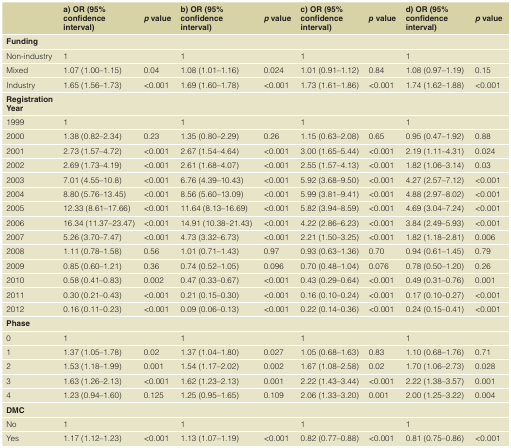
<table><thead><tr><td></td><td><b>a) OR (95%confidenceinterval)</b></td><td><b><i>p</i> value</b></td><td><b>b) OR (95%confidenceinterval)</b></td><td><b><i>p</i> value</b></td><td><b>c) OR (95%confidenceinterval)</b></td><td><b><i>p</i> value</b></td><td><b>d) OR (95%confidenceinterval)</b></td><td><b><i>p</i> value</b></td></tr></thead><tbody><tr><td><b>Funding</b></td><td></td><td></td><td></td><td></td><td></td><td></td><td></td><td></td></tr><tr><td>Non-industry</td><td>1</td><td></td><td>1</td><td></td><td>1</td><td></td><td>1</td><td></td></tr><tr><td>Mixed</td><td>1.07 (1.00–1.15)</td><td>0.04</td><td>1.08 (1.01–1.16)</td><td>0.024</td><td>1.01 (0.91–1.12)</td><td>0.84</td><td>1.08 (0.97–1.19)</td><td>0.15</td></tr><tr><td>Industry</td><td>1.65 (1.56–1.73)</td><td>&lt;0.001</td><td>1.69 (1.60–1.78)</td><td>&lt;0.001</td><td>1.73 (1.61–1.86)</td><td>&lt;0.001</td><td>1.74 (1.62–1.88)</td><td>&lt;0.001</td></tr><tr><td><b>Registration</b><b>Year</b></td><td></td><td></td><td></td><td></td><td></td><td></td><td></td><td></td></tr><tr><td>1999</td><td>1</td><td></td><td>1</td><td></td><td>1</td><td></td><td>1</td><td></td></tr><tr><td>2000</td><td>1.38 (0.82–2.34)</td><td>0.23</td><td>1.35 (0.80–2.29)</td><td>0.26</td><td>1.15 (0.63–2.08)</td><td>0.65</td><td>0.95 (0.47–1.92)</td><td>0.88</td></tr><tr><td>2001</td><td>2.73 (1.57–4.72)</td><td>&lt;0.001</td><td>2.67 (1.54–4.64)</td><td>&lt;0.001</td><td>3.00 (1.65–5.44)</td><td>&lt;0.001</td><td>2.19 (1.11–4.31)</td><td>0.024</td></tr><tr><td>2002</td><td>2.69 (1.73–4.19)</td><td>&lt;0.001</td><td>2.61 (1.68–4.07)</td><td>&lt;0.001</td><td>2.55 (1.57–4.13)</td><td>&lt;0.001</td><td>1.82 (1.06–3.14)</td><td>0.03</td></tr><tr><td>2003</td><td>7.01 (4.55–10.8)</td><td>&lt;0.001</td><td>6.76 (4.39–10.43)</td><td>&lt;0.001</td><td>5.92 (3.68–9.50)</td><td>&lt;0.001</td><td>4.27 (2.57–7.12)</td><td>&lt;0.001</td></tr><tr><td>2004</td><td>8.80 (5.76–13.45)</td><td>&lt;0.001</td><td>8.56 (5.60–13.09)</td><td>&lt;0.001</td><td>5.99 (3.81–9.41)</td><td>&lt;0.001</td><td>4.88 (2.97–8.02)</td><td>&lt;0.001</td></tr><tr><td>2005</td><td>12.33 (8.61–17.66)</td><td>&lt;0.001</td><td>11.64 (8.13–16.69)</td><td>&lt;0.001</td><td>5.82 (3.94–8.59)</td><td>&lt;0.001</td><td>4.69 (3.04–7.24)</td><td>&lt;0.001</td></tr><tr><td>2006</td><td>16.34 (11.37–23.47)</td><td>&lt;0.001</td><td>14.91 (10.38–21.43)</td><td>&lt;0.001</td><td>4.22 (2.86–6.23)</td><td>&lt;0.001</td><td>3.84 (2.49–5.93)</td><td>&lt;0.001</td></tr><tr><td>2007</td><td>5.26 (3.70–7.47)</td><td>&lt;0.001</td><td>4.73 (3.32–6.73)</td><td>&lt;0.001</td><td>2.21 (1.50–3.25)</td><td>&lt;0.001</td><td>1.82 (1.18–2.81)</td><td>0.006</td></tr><tr><td>2008</td><td>1.11 (0.78–1.58)</td><td>0.56</td><td>1.01 (0.71–1.43)</td><td>0.97</td><td>0.93 (0.63–1.36)</td><td>0.70</td><td>0.94 (0.61–1.45)</td><td>0.79</td></tr><tr><td>2009</td><td>0.85 (0.60–1.21)</td><td>0.36</td><td>0.74 (0.52–1.05)</td><td>0.096</td><td>0.70 (0.48–1.04)</td><td>0.076</td><td>0.78 (0.50–1.20)</td><td>0.26</td></tr><tr><td>2010</td><td>0.58 (0.41–0.83)</td><td>0.002</td><td>0.47 (0.33–0.67)</td><td>&lt;0.001</td><td>0.43 (0.29–0.64)</td><td>&lt;0.001</td><td>0.49 (0.31–0.76)</td><td>0.001</td></tr><tr><td>2011</td><td>0.30 (0.21–0.43)</td><td>&lt;0.001</td><td>0.21 (0.15–0.30)</td><td>&lt;0.001</td><td>0.16 (0.10–0.24)</td><td>&lt;0.001</td><td>0.17 (0.10–0.27)</td><td>&lt;0.001</td></tr><tr><td>2012</td><td>0.16 (0.11–0.23)</td><td>&lt;0.001</td><td>0.09 (0.06–0.13)</td><td>&lt;0.001</td><td>0.22 (0.14–0.36)</td><td>&lt;0.001</td><td>0.24 (0.15–0.41)</td><td>&lt;0.001</td></tr><tr><td><b>Phase</b></td><td></td><td></td><td></td><td></td><td></td><td></td><td></td><td></td></tr><tr><td>0</td><td>1</td><td></td><td>1</td><td></td><td>1</td><td></td><td>1</td><td></td></tr><tr><td>1</td><td>1.37 (1.05–1.78)</td><td>0.02</td><td>1.37 (1.04–1.80)</td><td>0.027</td><td>1.05 (0.68–1.63)</td><td>0.83</td><td>1.10 (0.68–1.76)</td><td>0.71</td></tr><tr><td>2</td><td>1.53 (1.18–1.99)</td><td>0.001</td><td>1.54 (1.17–2.02)</td><td>0.002</td><td>1.67 (1.08–2.58)</td><td>0.02</td><td>1.70 (1.06–2.73)</td><td>0.028</td></tr><tr><td>3</td><td>1.63 (1.26–2.13)</td><td>&lt;0.001</td><td>1.62 (1.23–2.13)</td><td>0.001</td><td>2.22 (1.43–3.44)</td><td>&lt;0.001</td><td>2.22 (1.38–3.57)</td><td>0.001</td></tr><tr><td>4</td><td>1.23 (0.94–1.60)</td><td>0.125</td><td>1.25 (0.95–1.65)</td><td>0.109</td><td>2.06 (1.33–3.20)</td><td>0.001</td><td>2.00 (1.25–3.22)</td><td>0.004</td></tr><tr><td><b>DMC</b></td><td></td><td></td><td></td><td></td><td></td><td></td><td></td><td></td></tr><tr><td>No</td><td>1</td><td></td><td>1</td><td></td><td>1</td><td></td><td>1</td><td></td></tr><tr><td>Yes</td><td>1.17 (1.12–1.23)</td><td>&lt;0.001</td><td>1.13 (1.07–1.19)</td><td>&lt;0.001</td><td>0.82 (0.77–0.88)</td><td>&lt;0.001</td><td>0.81 (0.75–0.86)</td><td>&lt;0.001</td></tr></tbody></table>